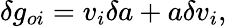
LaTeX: \delta g_{oi}=v_{i}\delta a+a\delta v_{i},